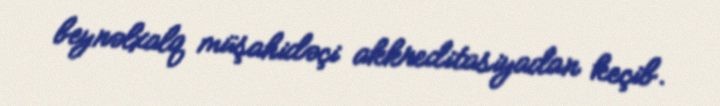
beynəlxalq müşahidəçi akkreditasiyadan keçib.